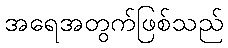
အရေအတွက်ဖြစ်သည်